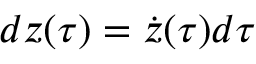
d { z ( \tau ) } = \dot { z } ( \tau ) d { \tau }